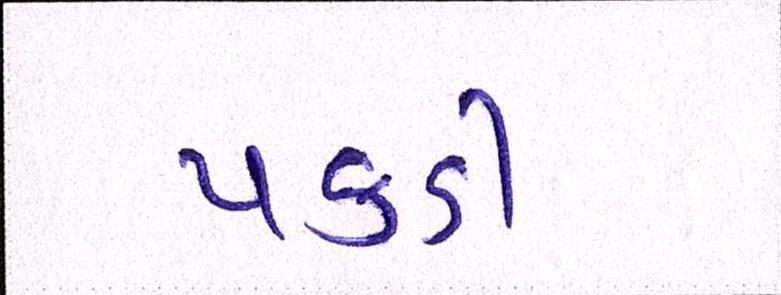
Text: પકડી